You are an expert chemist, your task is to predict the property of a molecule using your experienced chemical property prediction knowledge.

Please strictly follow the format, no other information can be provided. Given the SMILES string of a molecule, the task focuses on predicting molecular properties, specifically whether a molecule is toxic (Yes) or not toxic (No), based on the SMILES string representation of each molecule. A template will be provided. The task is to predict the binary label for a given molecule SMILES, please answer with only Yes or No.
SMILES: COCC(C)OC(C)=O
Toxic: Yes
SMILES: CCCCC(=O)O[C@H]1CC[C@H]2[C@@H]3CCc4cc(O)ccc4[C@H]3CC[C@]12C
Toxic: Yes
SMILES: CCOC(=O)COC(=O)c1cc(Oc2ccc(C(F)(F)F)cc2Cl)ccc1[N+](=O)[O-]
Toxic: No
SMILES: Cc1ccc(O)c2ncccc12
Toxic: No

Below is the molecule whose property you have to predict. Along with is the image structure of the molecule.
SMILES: CCC(=O)OC(C)c1ccccc1
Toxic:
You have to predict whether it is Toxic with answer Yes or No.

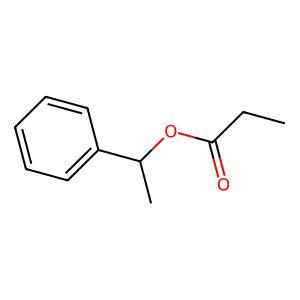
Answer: No